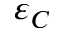
\varepsilon _ { C }